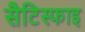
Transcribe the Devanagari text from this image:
सैटिस्फाइ